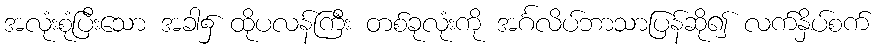
အလုံးစုံပြီးသော အခါ၌ ထိုပလန်ကြီး တစ်ခုလုံးကို အင်္ဂလိပ်ဘာသာပြန်ဆို၍ လက်နှိပ်စက်